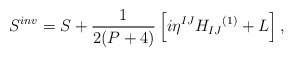
\begin{align*}S^{inv} = S + \frac{1}{2(P+4)} \left[ i {\eta}^{IJ} {H_{IJ}}^{(1)} + L \right],\end{align*}